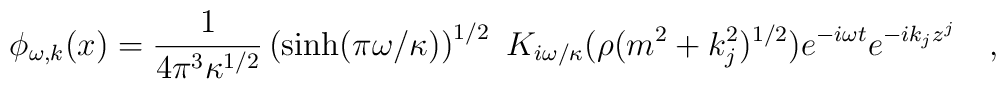
\phi_{\omega,k}(x)={1 \over 4\pi ^3 \kappa^{1/2}}\left(\sinh (\pi \omega/\kappa)\right)^{1/2}~K_{i\omega/\kappa}(\rho(m^2+k_j^2)^{1/2})e^{-i\omega t}e^{-ik_jz^j}~~~,